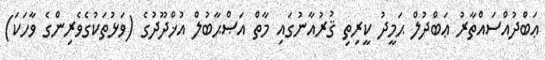
ޢަބްދުއްސައްތާރު ޢަބްދުލް ޙަމީދު ކީރިތި ޤުރުއާނުގައި މާތް އަޞްޙާބުލް އުޚްދޫދުގެ (ވަޅުތަކުގެވެރިންގެ ވާހަކަ)